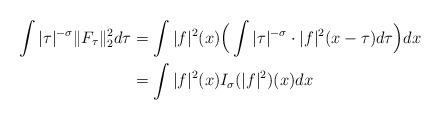
LaTeX: \begin{align*}\int |\tau|^{-\sigma}\|F_\tau\|^2_2d\tau &= \int |f|^2(x) \Big( \int |\tau|^{-\sigma} \cdot |f|^2(x-\tau)d\tau\Big)dx\\&= \int |f|^2(x) I_\sigma (|f|^2)(x)dx \end{align*}